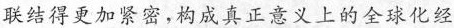
联结得更加紧密，构成真正意义上的全球化经